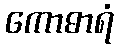
ကောဓာရံ